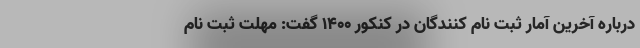
درباره آخرین آمار ثبت نام کنندگان در کنکور ۱۴۰۰ گفت: مهلت ثبت نام